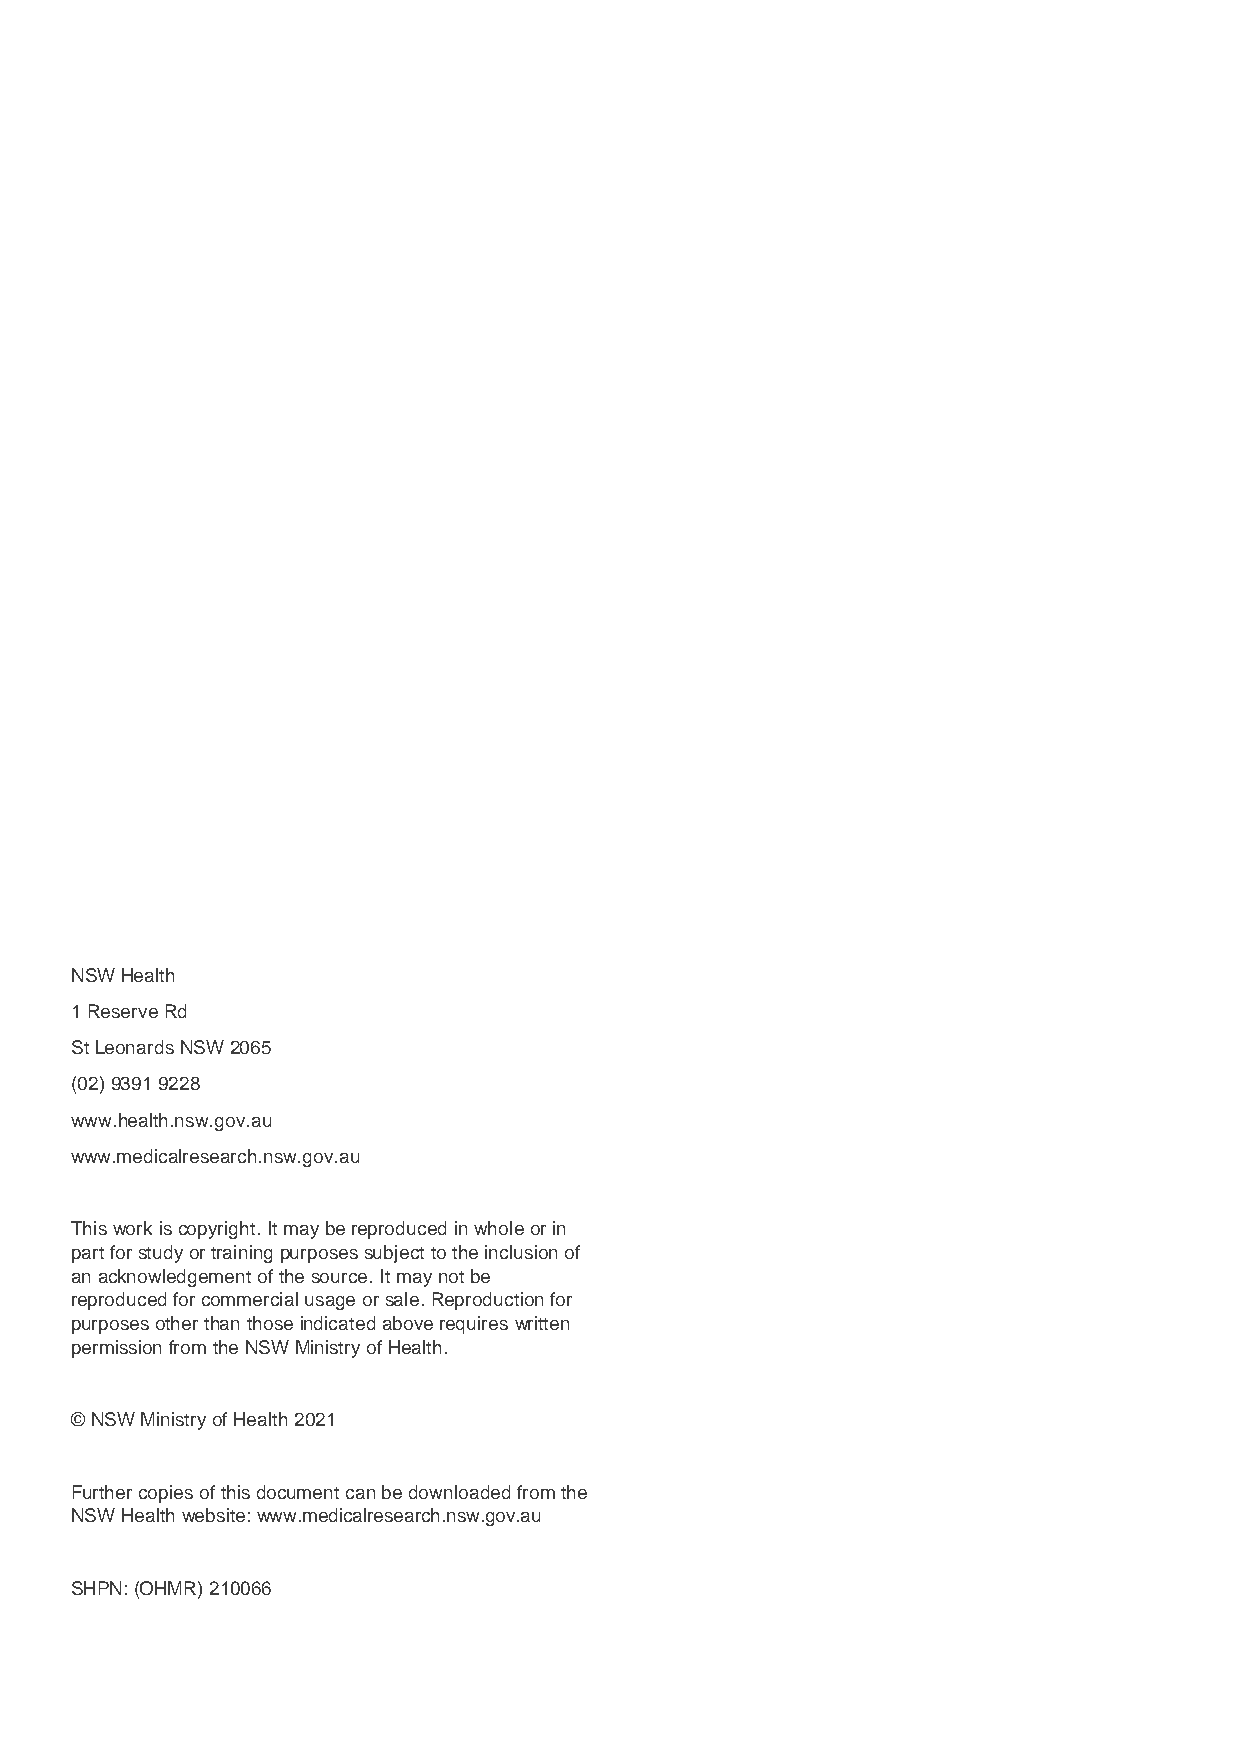
NSW Health
 1 Reserve Rd
 St Leonards NSW 2065
 (02)9391 9228
 www.health.nsw.gov.au
 www.medicalresearch.nsw.gov.au
 This work is copyright. It may be reproduced in whole or in
 part for study or training purposes subject to the inclusion of
 an acknowledgement of the source. It may not be
 reproduced for commercial usage or sale. Reproduction for
 purposes other than those indicated above requires written
 permission from the NSW Ministry of Health.
 © NSW Ministry of Health 2021
 Further copies of this document can be downloaded from the
 NSW Health website: www.medicalresearch.nsw.gov.au
 SHPN: (OHMR) 210066